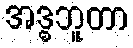
အဒ္ဓဘူတာ